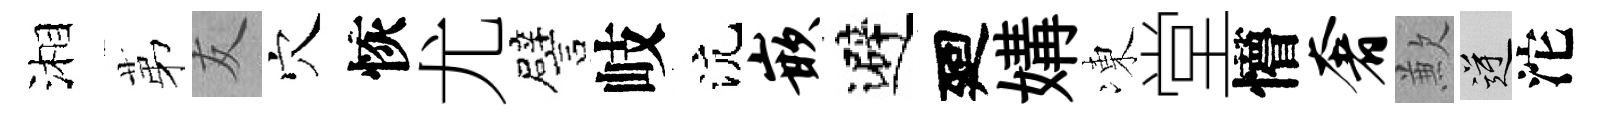
湘苐友穴恢尤譬岐沆嵌避廻媾凍堂懵奢歉逆沱